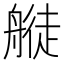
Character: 𦪂